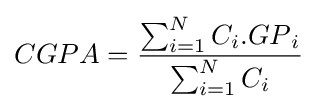
CGPA\,\!={\sum _{i=1}^{N}C_{i}.{GP}_{i} \over \sum _{i=1}^{N}C_{i}}